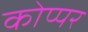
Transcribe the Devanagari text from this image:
कोप्पर